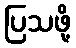
ပြသဖို့